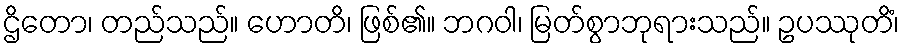
ဌိတော၊ တည်သည်။ ဟောတိ၊ ဖြစ်၏။ ဘဂဝါ၊ မြတ်စွာဘုရားသည်။ ဥပဿုတိံ၊